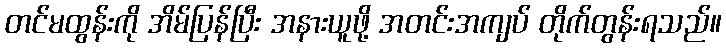
တင်မထွန်းကို အိမ်ပြန်ပြီး အနားယူဖို့ အတင်းအကျပ် တိုက်တွန်းရသည်။